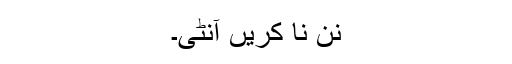
نن نا کریں آنٹی۔